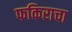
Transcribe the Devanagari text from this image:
फकिराचा